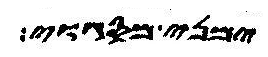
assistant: ימני מסגוי